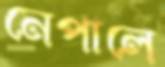
নেপালে